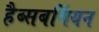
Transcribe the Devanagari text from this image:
हैब्सबर्गियन